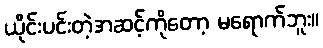
ယိုင်းပင်းတဲ့အဆင့်ကိုတော့ မရောက်ဘူး။